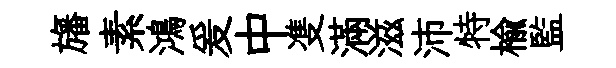
旛素鴻爰中㕠滿滋沛特楡監